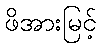
ဖိအားမြင့်